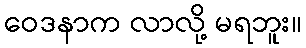
ဝေဒနာက လာလို့ မရဘူး။